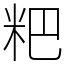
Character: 粑